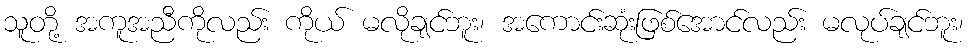
သူတို့ အကူအညီကိုလည်း ကိုယ် မလိုချင်ဘူး၊ အကောင်းဆုံးဖြစ်အောင်လည်း မလုပ်ချင်ဘူး၊